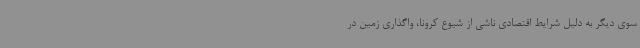
سوی دیگر به دلیل شرایط اقتصادی ناشی از شیوع کرونا، واگذاری زمین در